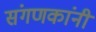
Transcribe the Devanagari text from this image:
संगणकांनी